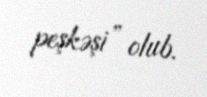
peşkəşi” olub.